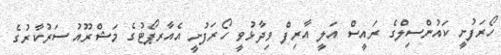
ހޯރަފުށީ ކައުންސިލްގެ ރައީސް އަލީ އާރިފް ވިދާޅުވީ ހޯރަފުށީ އެއާރޕޯޓުގެ މަޝްރޫއު ސަރުކާރުގެ